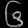
Digit: ၆